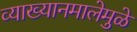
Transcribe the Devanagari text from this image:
व्याख्यानमालेमुळे